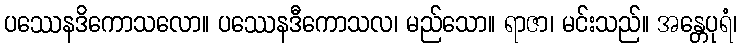
ပဿေနဒိကောသလော။ ပဿေနဒီကောသလ၊ မည်သော။ ရာဇာ၊ မင်းသည်။ အန္တေပုရံ၊